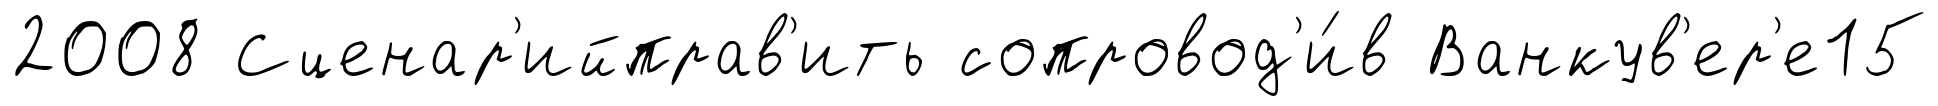
2008 Сценар'ийправ'ить сопровод'и́в Ванкув'ер'е15